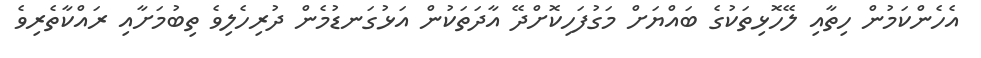
އެހެންކަމުން ހިތާއި ލޭހޮޅިތަކުގެ ބައްޔަށް މަގުފަހިކޮށްދޭ އާދަތަކުން އަޅުގަނޑުމެން ދުރިހެލިވެ ތިބުމަށާއި ރައްކާތެރިވެ